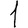
Digit: 1